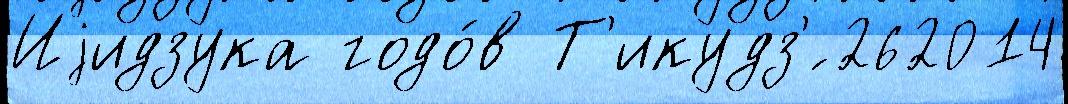
Иjидзука годо́в Т'икудз'́ 262014